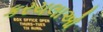
કરચલાઓ